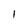
Character: 1